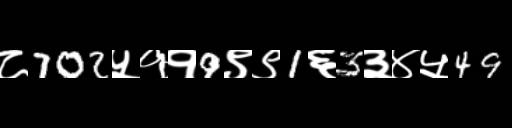
Text: ८702५११9९९1६3३४५49